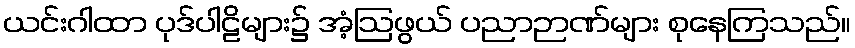
ယင်းဂါထာ ပုဒ်ပါဠိများ၌ အံ့ဩဖွယ် ပညာဉာဏ်များ စုနေကြသည်။